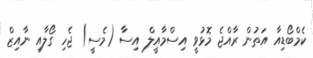
ކެމްބޯޑިއާ އަތުން ރާއްޖެ މޮޅުވީ އިސްމާއީލް އިސާ (މެސީ) ޖެހި ގޯލާއި ނާއިޒް